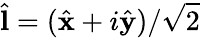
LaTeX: \hat{\mathbf l}=(\hat{\mathbf x}+i\hat{\mathbf y})/\sqrt{2}